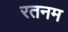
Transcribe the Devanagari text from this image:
रतनम